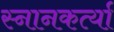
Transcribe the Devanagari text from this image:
स्नानकर्त्या